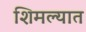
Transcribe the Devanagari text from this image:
शिमल्यात